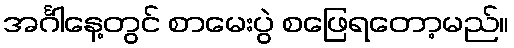
အင်္ဂါနေ့တွင် စာမေးပွဲ စဖြေရတော့မည်။